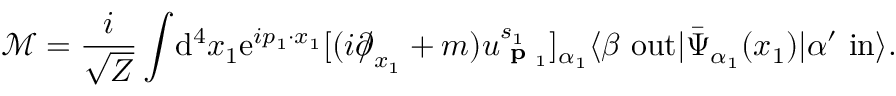
{ \mathcal { M } } = { \frac { i } { \sqrt { Z } } } \int \! \mathrm { d } ^ { 4 } x _ { 1 } \mathrm { e } ^ { i p _ { 1 } \cdot x _ { 1 } } [ ( i { \partial \! \! \! / } _ { x _ { 1 } } + m ) u _ { { \textbf { p } } _ { 1 } } ^ { s _ { 1 } } ] _ { \alpha _ { 1 } } \langle \beta \ \mathrm { o u t } | { \bar { \Psi } } _ { \alpha _ { 1 } } ( x _ { 1 } ) | \alpha ^ { \prime } \ \mathrm { i n } \rangle .